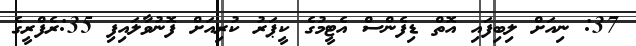
37: ނިއަށް ލިބިފައި އޮތް ޑިފެންސް އެޓީމުގެ ކީޕަރު ކުރިއަށް ފޮނުވާލައިފި 35:ރެފްރީގެ